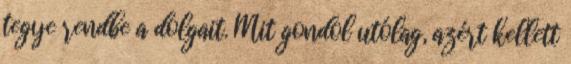
tegye rendbe a dolgait. Mit gondol utólag, azért kellett